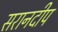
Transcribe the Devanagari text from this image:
सरानदीप